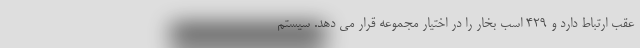
عقب ارتباط دارد و 429 اسب بخار را در اختیار مجموعه قرار می دهد. سیستم